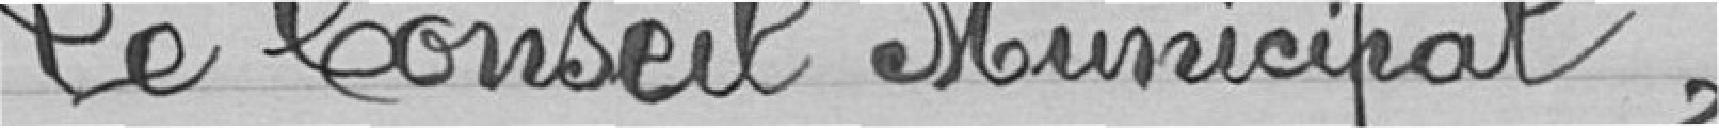
Le Conseil Municipal,